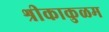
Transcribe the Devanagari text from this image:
श्रीकाकुळम